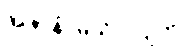
အဇာနံ၊ မသိပဲလျက်။